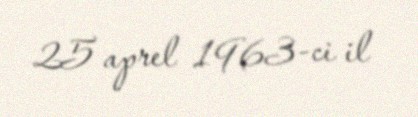
25 aprel 1963-ci il